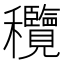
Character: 𥤝